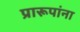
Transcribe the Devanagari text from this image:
प्रारूपांना